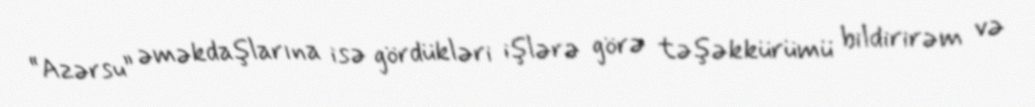
“Azərsu” əməkdaşlarına isə gördükləri işlərə görə təşəkkürümü bildirirəm və